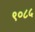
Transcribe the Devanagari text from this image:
९०८५